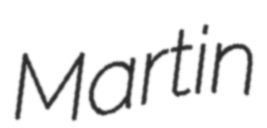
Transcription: Martin